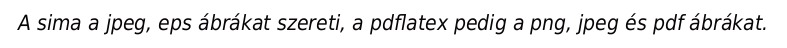
A sima a jpeg, eps ábrákat szereti, a pdflatex pedig a png, jpeg és pdf ábrákat.